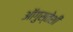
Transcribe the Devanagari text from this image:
ऑगुस्तेशी